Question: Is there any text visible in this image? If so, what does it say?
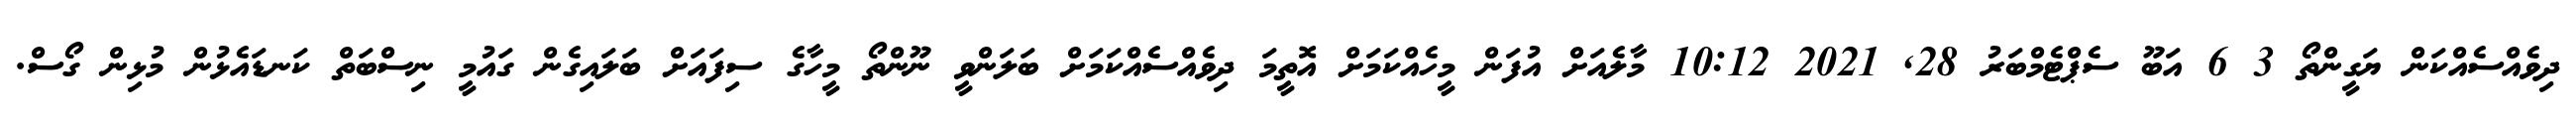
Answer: ދިވެއްސެއްކަން ޔަގީންތޯ 3 6 އަބޫ ސެޕްޓެމްބަރު 28, 2021 10:12 މާލެއަށް އުފަން މީހެއްކަމަށް އޮތީމަ ދިވެއްސެއްކަމަށް ބަލަންވީ ނޫންތޯ މީހާގެ ސިފައަށް ބަލައިގެން ގައުމީ ނިސްބަތް ކަނޑައެޅުން މުޅިން ގޯސް.